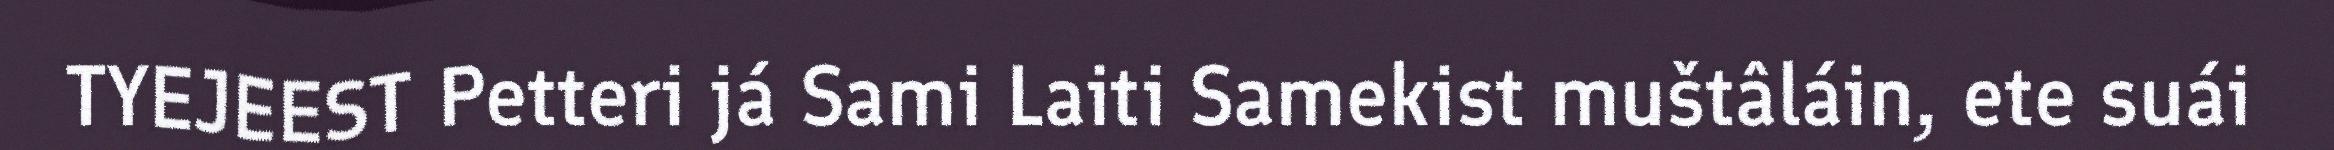
TYEJEEST Petteri já Sami Laiti Samekist muštâláin, ete suái